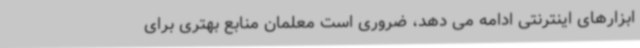
ابزارهای اینترنتی ادامه می دهد، ضروری است معلمان منابع بهتری برای